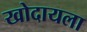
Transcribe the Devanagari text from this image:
खोदायला